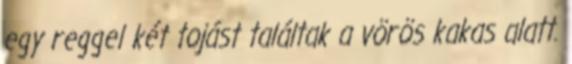
egy reggel két tojást találtak a vörös kakas alatt.